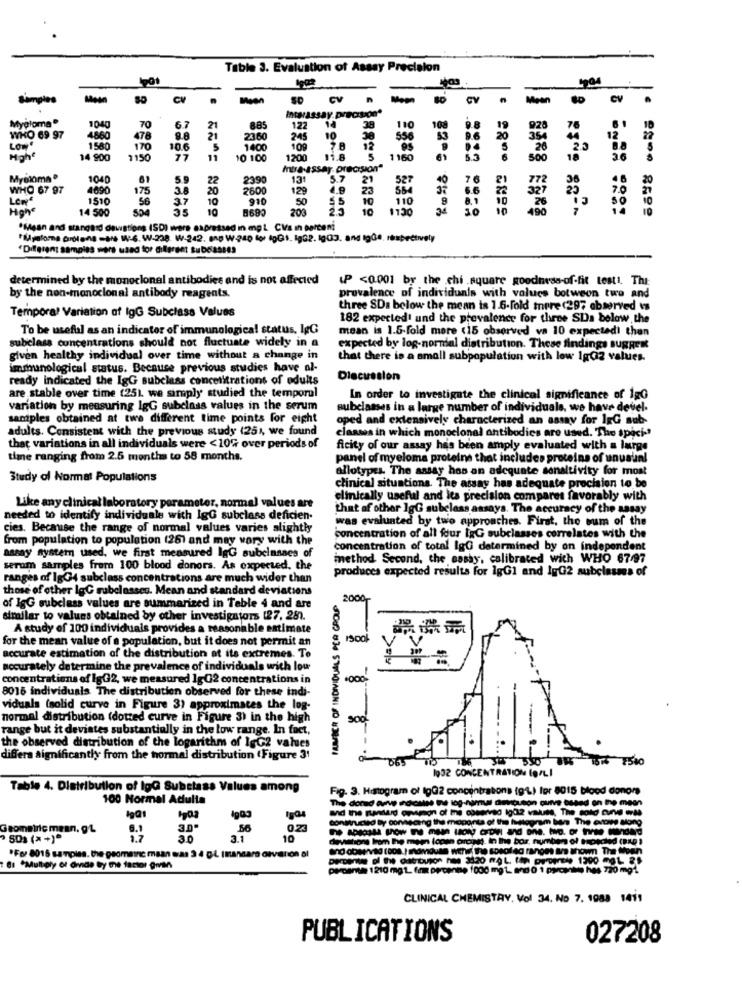
Table 3. Evaluation of Assay Precision
Samples
Mein
CV
SD
CV
-
CV
Moon
CV
.
Myploma®
1040
70
6.7
21
885
127
38
110
108
WHO 69 97
4860
478
21
2360
245
10
556
Low"
1580
170
10.6
5
1400
109
14 900
1150
77
10 100
1200
11.8
1 160
Intra-assar. precision"
Myeloma®
1040
61
59
22
2390
131
5.7
21
527
40
76
77
46
WHO 67 97
4690
175
3.8
20
2600
129
23
554
37
7.9
1510
56
37
10
910
50
55
10
110
8
327
14 500
554
35
10
8690
203
23
10
1130
28 == = 889
26
490
·Maan and stangand dawgtions (SD) were expressed in mg L Cl/s ih porceni
*Myeloma Ordland -as W-6. W-238. W-242. ang W-240 for dpG1. lgG2. lgG3. and toGe, respectively
"Different samples mars used for different subclasses
determined by the monoclonal antibodies and is not affected
(P <0.001 by the .chi square goodness-of-fit testi, Thi:
prevalence of individuals with values botweon two and
by the non-monoclonal antibody reagents.
Temporal Variation af IgG Subclass Values
three SDa below the mean is 1.6-fold tere (297 observed is
182 expected' und the prevalence for three SDa below, the
To be useful as an indicator of immunological status. lgG
mean is 1.5-fold more <15 observed_va 10 expectedi than
subclass concentrations should not fluctuate widely in a
expected by log-normal distribution. These findings BUgRER
given healthy individual over time without a change in
that there is a small subpopulation with low 1g02 values.
immunological status. Because previous studies have al-
ready indicated the IgG subclass concentrations of adults
Discussion
are stable over time (251 we simply studied the temporal
In order to investigate the clinical significance of 150
variation by measuring lgG subclass values in the serum
subclasses in a large number of individuals, we have devel-
samples obtained at two different time points for eight
oped and extensively characterized an assay for 1gG sub-
adults. Consistent with the previous study (25), we found
classes in which monoclonal antibodies are used. The spici -?
that variations in all individuals were <10% over periods of
ficity of our assay has been amply evaluated with a large
time ranging from 2.5 months to 58 months.
panel of myeloma proteins that includes proteins of unusual
allotypes. The assay hos an adequate sonaltivity for most
Study of Normat Populations
clinical situations. The assay has adequate procision to be
clinically useful and its precision compares favorably with
Like any clinical laboratory parameter, normal values are
that af other 1gG subclass assays. The accuracy of the assay
needed to identify individuale with IgG subclass deficien-
was evaluated by two approaches. First, the sum of the
cies. Because the range of normal values varies slightly
from population to population (26) and may wory with the
concentration of all four IgG subclasses correlates with the
concentration of total IgG determined by on independent
assay system used, we first measured lgG subclasses of
imethod Second, the essay, calibrated wich WHO 67.97
serum samples from 100 blood donors. As expected, the
produces expected results for 1gG1 and lgG2 subclasses of
ranges of 1gG4 subclass concentrations are much wider than
those of other IgC subclasses. Mean and standard deviations
2000-
of IgG subclass values are summarized in Table 4 and are
similar to values obtained by other investigators (27, 281.
A study of 100 individuals provides a reasonable estimate
for the mean value of a population, but it does not permit an
1500
accurate estimation of the distribution of its extremes. To
accurately determine the prevalence of individuals with low
concentrations of lgG2, we measured 1gG2 concentrations in
8016 individuals The distribution observed for these indi-
viduals (solid curve in Figure 3) approximates the log-
normal distribution (dotted curve in Figure 3) in the high
range but it deviates substantially in the low range. In fact,
the observed distribution of the logarithm of IgG2 values
differa significantly from the normal distribution (Figure 31
1932 CONCENTRATION OFLI
Table 4. Distribution of lgG Subclass Values among
Fig. 3. Histogram of tgQ2 concentrations (g'L) for 8015 blood donors
100 Normal Adulta
porta of the instagram bars The entire Mong
Geometric mean. gL
56
" SO% (*+)*
3.0
10
Cheviations from the mean (open ordinet. In the bar, numbers of specied (BLQ )
*For 8015 samples. the geomaine maan was 3 4 g-L (mandare divanion al
Et *Multiply of dinde By the factor gran
perante 1210 mg 1. fnm percente 1000 mg L. and 0 1 porcento hes 720 mg1
CLINICAL CHEMISTRY, Vol 34. No 7. 1983 1411
PUBLICATIONS
027208